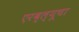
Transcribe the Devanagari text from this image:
एरब्ल्यूचा